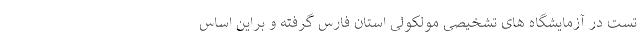
تست در آزمایشگاه های تشخیصی مولکولی استان فارس گرفته و براین اساس